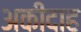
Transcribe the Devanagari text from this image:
अकीदाह